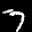
Label: 7